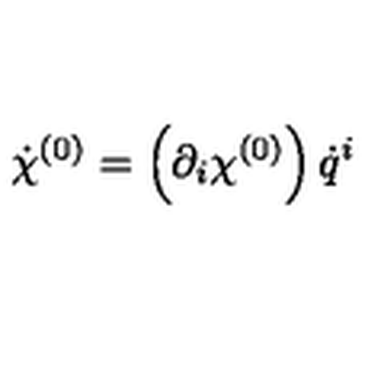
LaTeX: { \dot { \chi } } ^ { ( 0 ) } = \left( \partial _ { i } \chi ^ { ( 0 ) } \right) { \dot { q } } ^ { i }